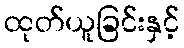
ထုတ်ယူခြင်းနှင့်